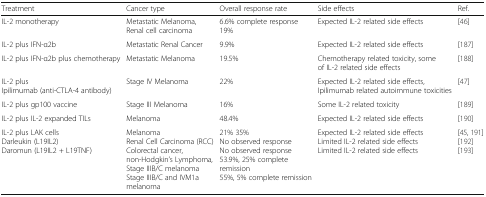
<table><thead><tr><td><b>Treatment</b></td><td><b>Cancer type</b></td><td><b>Overall response rate</b></td><td><b>Side effects</b></td><td><b>Ref.</b></td></tr></thead><tbody><tr><td>IL-2 monotherapy</td><td>Metastatic Melanoma,Renal cell carcinoma</td><td>6.6% complete response19%</td><td>Expected IL-2 related side effects</td><td>[46]</td></tr><tr><td>IL-2 plus IFN-α2b</td><td>Metastatic Renal Cancer</td><td>9.9%</td><td>Expected IL-2 related side effects</td><td>[187]</td></tr><tr><td>IL-2 plus IFN-α2b plus chemotherapy</td><td>Metastatic Melanoma</td><td>19.5%</td><td>Chemotherapy related toxicity, some of IL-2 related side effects</td><td>[188]</td></tr><tr><td>IL-2 plusIpilimumab (anti-CTLA-4 antibody)</td><td>Stage IV Melanoma</td><td>22%</td><td>Expected IL-2 related side effects, Ipilimumab related autoimmune toxicities</td><td>[47]</td></tr><tr><td>IL-2 plus gp100 vaccine</td><td>Stage III Melanoma</td><td>16%</td><td>Some IL-2 related toxicity</td><td>[189]</td></tr><tr><td>IL-2 plus IL-2 expanded TILs</td><td>Melanoma</td><td>48.4%</td><td>Expected IL-2 related side effects</td><td>[190]</td></tr><tr><td>IL-2 plus LAK cellsDarleukin (L19IL2)Daromun (L19IL2 + L19TNF)</td><td>MelanomaRenal Cell Carcinoma (RCC)Colorectal cancer,non-Hodgkin’s Lymphoma,Stage IIIB/C melanomaStage IIIB/C and IVM1a melanoma</td><td>21% 35%No observed responseNo observed response53.9%, 25% complete remission55%, 5% complete remission</td><td>Expected IL-2 related side effectsLimited IL-2 related side effectsLimited IL-2 related side effects</td><td>[45, 191][192][193]</td></tr></tbody></table>